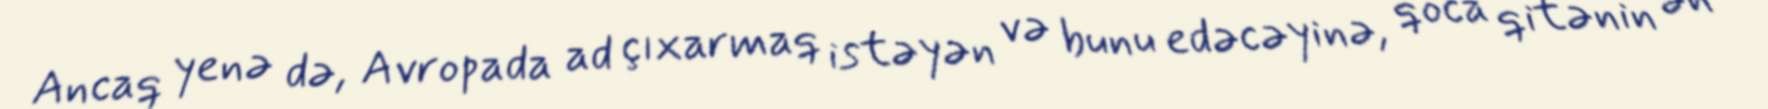
Ancaq yenə də, Avropada ad çıxarmaq istəyən və bunu edəcəyinə, qoca qitənin ən